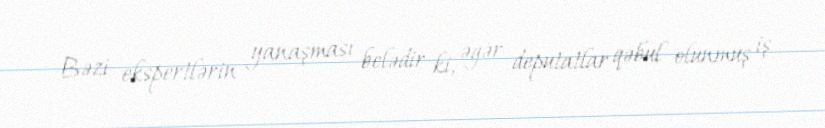
Bəzi ekspertlərin yanaşması belədir ki, əgər deputatlar qəbul olunmuş iş